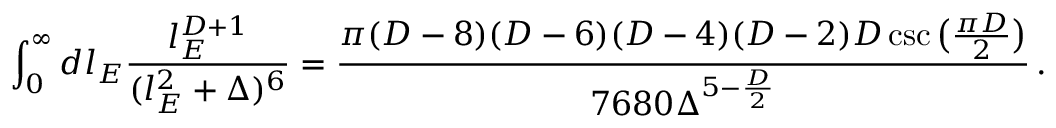
\int _ { 0 } ^ { \infty } d l _ { E } \frac { l _ { E } ^ { D + 1 } } { ( l _ { E } ^ { 2 } + \Delta ) ^ { 6 } } = \frac { \pi ( D - 8 ) ( D - 6 ) ( D - 4 ) ( D - 2 ) D \csc \big ( \frac { \pi D } { 2 } \big ) } { 7 6 8 0 \Delta ^ { 5 - \frac { D } { 2 } } } \, .